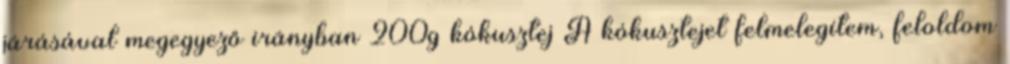
járásával megegyező irányban 200g kókusztej A kókusztejet felmelegítem, feloldom